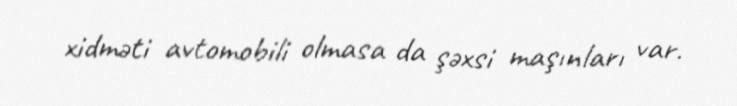
xidməti avtomobili olmasa da şəxsi maşınları var.